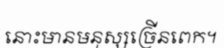
នោះមានមនុស្សច្រើនពេក។